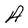
Character: A